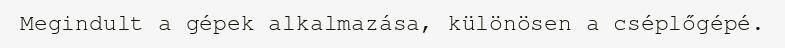
Megindult a gépek alkalmazása, különösen a cséplőgépé.